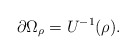
\begin{align*}\partial\Omega_\rho=U^{-1}(\rho).\end{align*}